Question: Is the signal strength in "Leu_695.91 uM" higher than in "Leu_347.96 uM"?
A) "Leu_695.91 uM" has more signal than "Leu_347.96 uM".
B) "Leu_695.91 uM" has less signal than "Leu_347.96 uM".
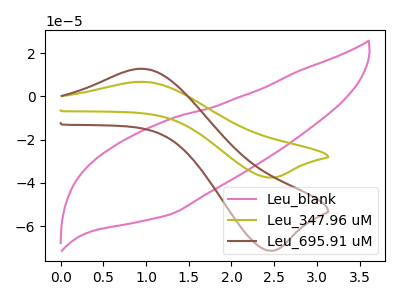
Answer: <think>The pink curve "Leu_blank" has no peaks. The olive curve "Leu_347.96 uM" has an anodic peak at (0.90V, 6.70uA) and a cathodic peak at (2.45V, -37.60uA). The brown curve "Leu_695.91 uM" has an anodic peak at (0.90V, 12.75uA) and a cathodic peak at (2.45V, -71.40uA).
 All the peaks in "Leu_695.91 uM" have a peak in "Leu_347.96 uM" at the same potential. Every peak in "Leu_695.91 uM" is higher than every peak in "Leu_347.96 uM".</think>
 <answer>A) "Leu_695.91 uM" has more signal than "Leu_347.96 uM".</answer>
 <eval>A</eval>